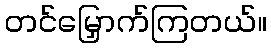
တင်မြှောက်ကြတယ်။